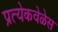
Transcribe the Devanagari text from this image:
प्रत्येकवेळेस